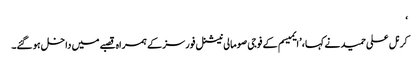
‘
کرنل علی حمید نے کہا، ’ایمیسم کے فوجی صومالی نیشنل فورسز کے ہمراہ قصبے میں داخل ہو گئے۔